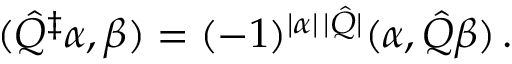
( \hat { \cal Q } ^ { \ddagger } \alpha , \beta ) = ( - 1 ) ^ { | \alpha | \, | \hat { \cal Q } | } ( \alpha , \hat { \cal Q } \beta ) \, .